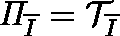
\mathit { \Pi } _ { \overline { { I } } } = \mathcal { T } _ { \overline { { I } } }